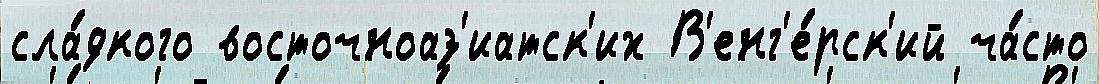
сла́дкого восточноаз'иатск'их В'енг'е́рск'ий ча́сто